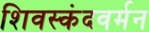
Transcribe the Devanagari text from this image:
शिवस्कंदवर्मन